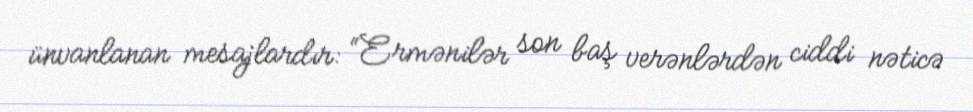
ünvanlanan mesajlardır: “Ermənilər son baş verənlərdən ciddi nəticə